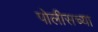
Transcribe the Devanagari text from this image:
पोलीसच्या